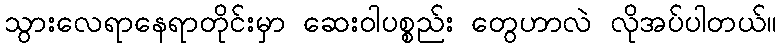
သွားလေရာနေရာတိုင်းမှာ ဆေးဝါပစ္စည်း တွေဟာလဲ လိုအပ်ပါတယ်။